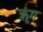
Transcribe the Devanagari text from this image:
ॠंग